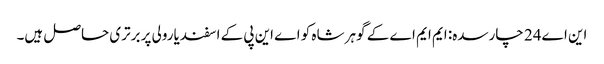
این اے24 چارسدہ: ایم ایم اے کے گوہر شاہ کو اے این پی کے اسفندیارولی پر برتری حاصل ہیں۔